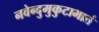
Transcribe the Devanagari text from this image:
नवेन्दुमुकुटाभातं